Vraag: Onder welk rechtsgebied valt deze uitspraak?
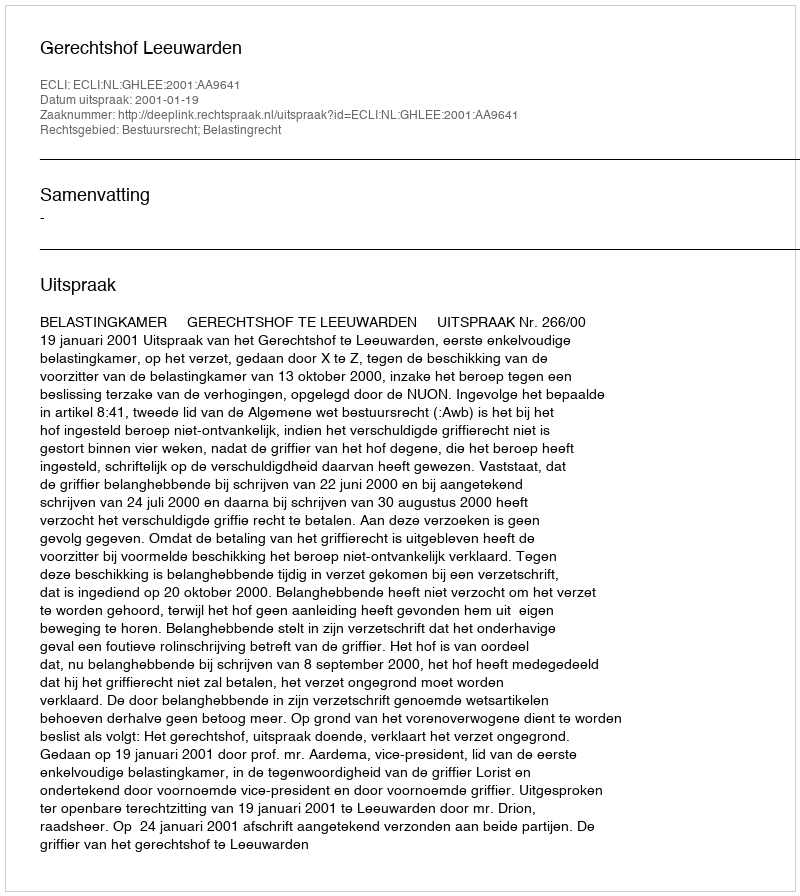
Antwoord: Bestuursrecht; Belastingrecht